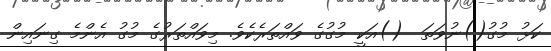
ކަޅު މުގު()ނުވަތަ  ()އަކީ މުގުގެ ވައްތަރެކެވެ. މިވައްތަރުގެ މުގު އެންމެ ގިނައިން